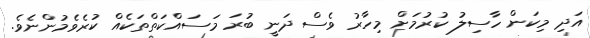
އަދި މިކަން ހާސިލު ކުރުމަށް މިހާރު ވެސް ދަނީ ބުރަ މަސައްކަތްތަކެއް ކުރެވެމުންނެވެ.